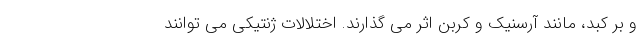
و بر کبد، مانند آرسنیک و کربن اثر می گذارند. اختلالات ژنتیکی می توانند